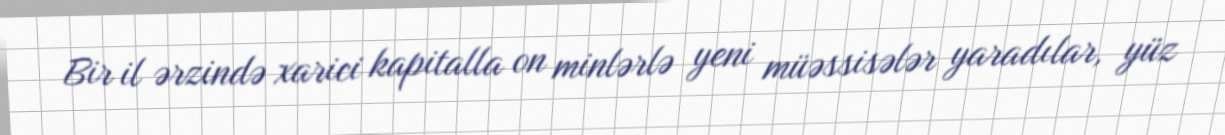
Bir il ərzində xarici kapitalla on minlərlə yeni müəssisələr yaradılar, yüz